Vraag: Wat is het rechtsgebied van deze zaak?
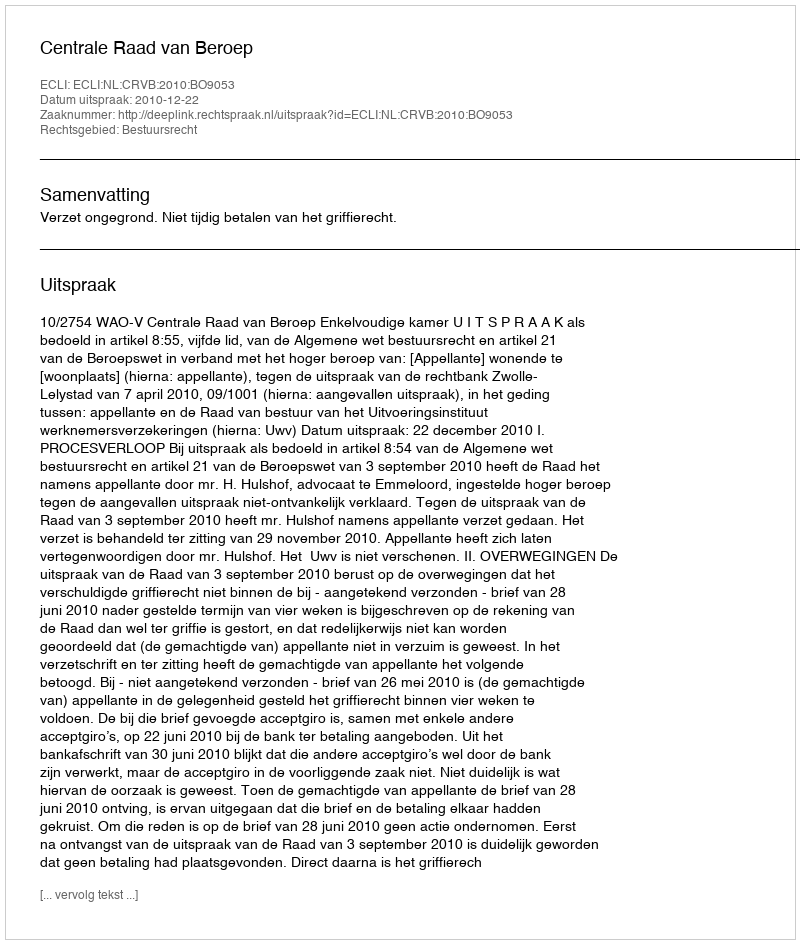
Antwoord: Bestuursrecht